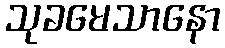
သုခမေသာနော